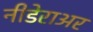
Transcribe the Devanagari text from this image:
नीडेराअर